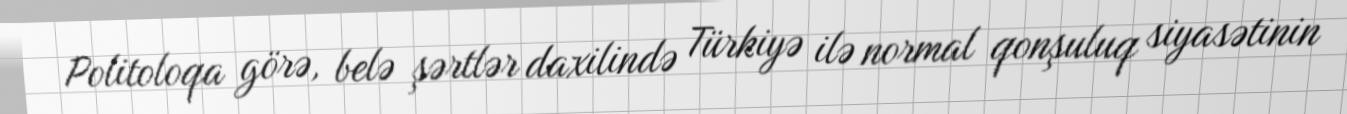
Politoloqa görə, belə şərtlər daxilində Türkiyə ilə normal qonşuluq siyasətinin